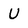
Character: U